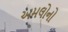
અમલોનો